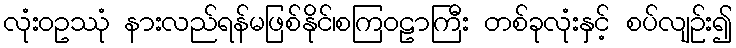
လုံးဝဥဿုံ နားလည်ရန်မဖြစ်နိုင်၊စကြဝဠာကြီး တစ်ခုလုံးနှင့် စပ်လျဉ်း၍